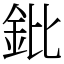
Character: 鈚